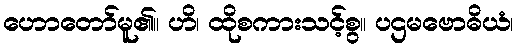
ဟောတော်မူ၏။ ဟိ၊ ထိုစကားသင့်စွ။ ပဌမဗောဓိယံ၊